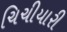
ચિચીયારી